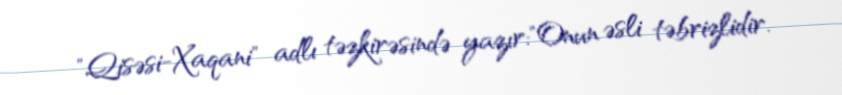
"Qisəsi-Xaqani" adlı təzkirəsində yazır:"Onun əsli təbrizlidir.